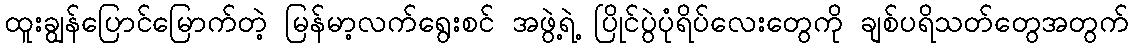
ထူးချွန်ပြောင်မြောက်တဲ့ မြန်မာ့လက်ရွေးစင် အဖွဲ့ရဲ့ ပြိုင်ပွဲပုံရိပ်လေးတွေကို ချစ်ပရိသတ်တွေအတွက်